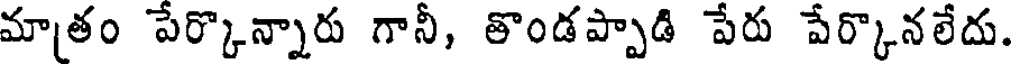
మాతం పేర్కొన్నారు గానీ, తొండప్పాడి పేరు పేర్కొనలేదు.